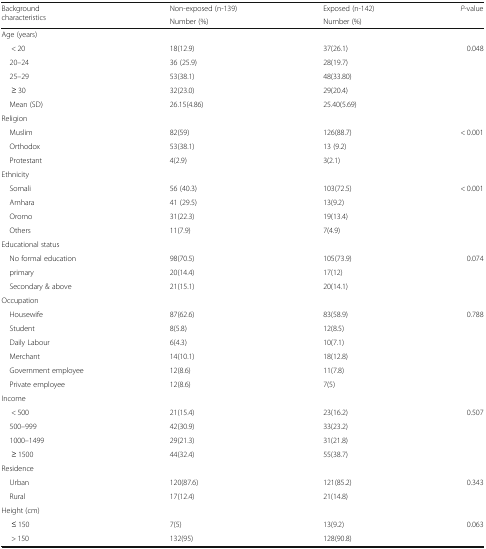
<table><thead><tr><td rowspan="2"><b>Background characteristics</b></td><td><b>Non-exposed (n-139)</b></td><td><b>Exposed (n-142)</b></td><td rowspan="2"><b><i>P</i>-value</b></td></tr><tr><td><b>Number (%)</b></td><td><b>Number (%)</b></td></tr></thead><tbody><tr><td colspan="4">Age (years)</td></tr><tr><td>&lt; 20</td><td>18(12.9)</td><td>37(26.1)</td><td>0.048</td></tr><tr><td> 20–24</td><td>36 (25.9)</td><td>28(19.7)</td><td></td></tr><tr><td> 25–29</td><td>53(38.1)</td><td>48(33.80)</td><td></td></tr><tr><td>≥ 30</td><td>32(23.0)</td><td>29(20.4)</td><td></td></tr><tr><td> Mean (SD)</td><td>26.15(4.86)</td><td>25.40(5.69)</td><td></td></tr><tr><td colspan="4">Religion</td></tr><tr><td> Muslim</td><td>82(59)</td><td>126(88.7)</td><td>&lt; 0.001</td></tr><tr><td> Orthodox</td><td>53(38.1)</td><td>13 (9.2)</td><td></td></tr><tr><td> Protestant</td><td>4(2.9)</td><td>3(2.1)</td><td></td></tr><tr><td colspan="4">Ethnicity</td></tr><tr><td> Somali</td><td>56 (40.3)</td><td>103(72.5)</td><td>&lt; 0.001</td></tr><tr><td> Amhara</td><td>41 (29.5)</td><td>13(9.2)</td><td></td></tr><tr><td> Oromo</td><td>31(22.3)</td><td>19(13.4)</td><td></td></tr><tr><td> Others</td><td>11(7.9)</td><td>7(4.9)</td><td></td></tr><tr><td colspan="4">Educational status</td></tr><tr><td> No formal education</td><td>98(70.5)</td><td>105(73.9)</td><td>0.074</td></tr><tr><td> primary</td><td>20(14.4)</td><td>17(12)</td><td></td></tr><tr><td> Secondary &amp; above</td><td>21(15.1)</td><td>20(14.1)</td><td></td></tr><tr><td colspan="4">Occupation</td></tr><tr><td> Housewife</td><td>87(62.6)</td><td>83(58.9)</td><td>0.788</td></tr><tr><td> Student</td><td>8(5.8)</td><td>12(8.5)</td><td></td></tr><tr><td> Daily Labour</td><td>6(4.3)</td><td>10(7.1)</td><td></td></tr><tr><td> Merchant</td><td>14(10.1)</td><td>18(12.8)</td><td></td></tr><tr><td> Government employee</td><td>12(8.6)</td><td>11(7.8)</td><td></td></tr><tr><td> Private employee</td><td>12(8.6)</td><td>7(5)</td><td></td></tr><tr><td colspan="4">Income</td></tr><tr><td>&lt; 500</td><td>21(15.4)</td><td>23(16.2)</td><td>0.507</td></tr><tr><td> 500–999</td><td>42(30.9)</td><td>33(23.2)</td><td></td></tr><tr><td> 1000–1499</td><td>29(21.3)</td><td>31(21.8)</td><td></td></tr><tr><td>≥ 1500</td><td>44(32.4)</td><td>55(38.7)</td><td></td></tr><tr><td colspan="4">Residence</td></tr><tr><td> Urban</td><td>120(87.6)</td><td>121(85.2)</td><td>0.343</td></tr><tr><td> Rural</td><td>17(12.4)</td><td>21(14.8)</td><td></td></tr><tr><td colspan="4">Height (cm)</td></tr><tr><td>≤ 150</td><td>7(5)</td><td>13(9.2)</td><td>0.063</td></tr><tr><td>&gt; 150</td><td>132(95)</td><td>128(90.8)</td><td></td></tr></tbody></table>